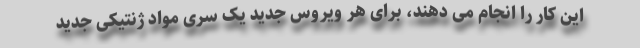
این کار را انجام می دهند، برای هر ویروس جدید یک سری مواد ژنتیکی جدید